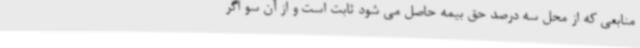
منابعی که از محل سه درصد حق بیمه حاصل می شود ثابت است و از آن سو اگر